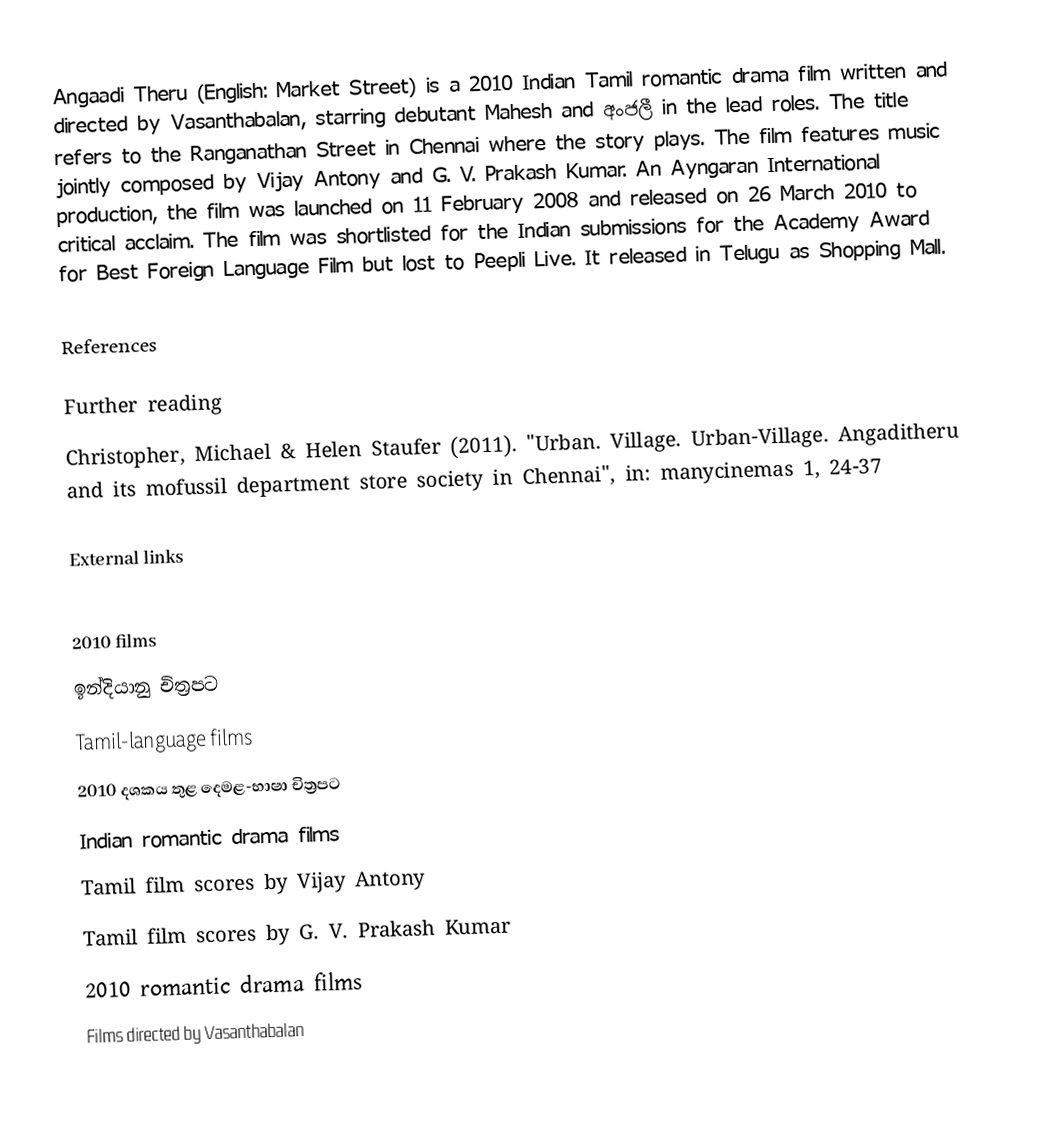
Angaadi Theru (English: Market Street) is a 2010 Indian Tamil romantic drama film written and directed by Vasanthabalan, starring debutant Mahesh and අංජලී in the lead roles. The title refers to the Ranganathan Street in Chennai where the story plays. The film features music jointly composed by Vijay Antony and G. V. Prakash Kumar. An Ayngaran International production, the film was launched on 11 February 2008 and released on 26 March 2010 to critical acclaim. The film was shortlisted for the Indian submissions for the Academy Award for Best Foreign Language Film but lost to Peepli Live. It released in Telugu as Shopping Mall.

References

Further reading
 Christopher, Michael & Helen Staufer (2011). "Urban. Village. Urban-Village. Angaditheru and its mofussil department store society in Chennai", in: manycinemas 1, 24-37

External links

2010 films
ඉන්දියානු චිත්‍රපට
Tamil-language films
2010 දශකය තුළ දෙමළ-භාෂා චිත්‍රපට
Indian romantic drama films
Tamil film scores by Vijay Antony
Tamil film scores by G. V. Prakash Kumar
2010 romantic drama films
Films directed by Vasanthabalan